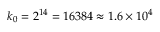
k _ { 0 } = 2 ^ { 1 4 } = 1 6 3 8 4 \approx 1 . 6 \times 1 0 ^ { 4 }